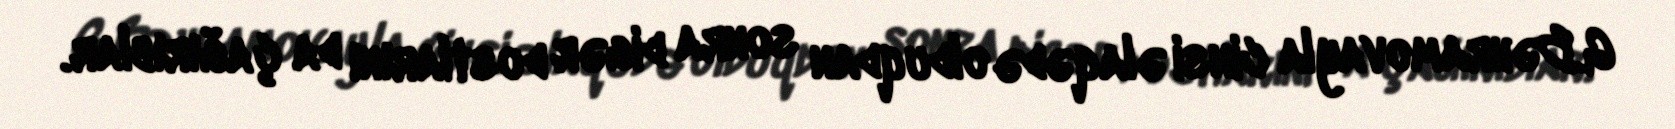
G.Bəhramovayla cinsi əlaqədə olduqdan sonra digər dostlarını da çağırıblar.